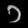
Digit: ၁